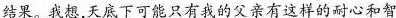
结果。我想，天底下可能只有我的父亲有这样的耐心和智